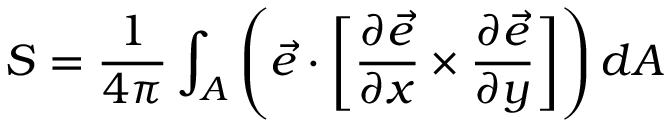
S = \frac { 1 } { 4 \pi } \int _ { A } \left( { \vec { e } \cdot { \bigg [ } { \frac { \partial { \vec { e } } } { \partial x } \times \frac { \partial { \vec { e } } } { \partial y } } } { \bigg ] } \right) d A